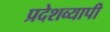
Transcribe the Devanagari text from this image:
प्रदेशव्यापी